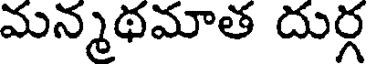
మన్మథమాత దుర్గ